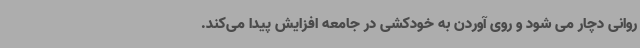
روانی دچار می شود و روی آوردن به خودکشی در جامعه افزایش پیدا می‌کند.